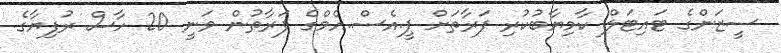
ސީޒަންގެ ޓައިޓަލް ކާމިޔާބުކުރި ފަރާތަށް ޕީ.އެސް.އެމްގެ ފަރާތުން ވަނީ 20 ހާސް ރުފިޔާގެ